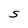
Character: S